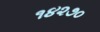
૧૪૨૭૦